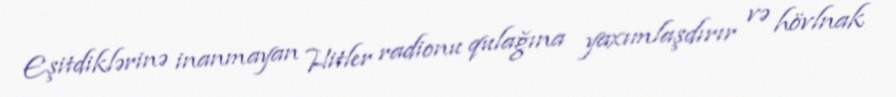
Eşitdiklərinə inanmayan Hitler radionu qulağına yaxımlaşdırır və hövlnak